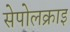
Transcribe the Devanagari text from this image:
सेपोलक्राइ